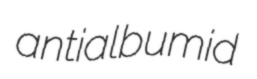
antialbumid